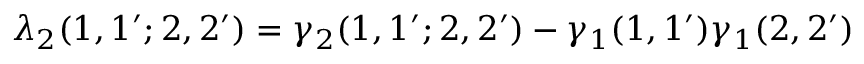
\lambda _ { 2 } ( 1 , 1 ^ { \prime } ; 2 , 2 ^ { \prime } ) = \gamma _ { 2 } ( 1 , 1 ^ { \prime } ; 2 , 2 ^ { \prime } ) - \gamma _ { 1 } ( 1 , 1 ^ { \prime } ) \gamma _ { 1 } ( 2 , 2 ^ { \prime } )